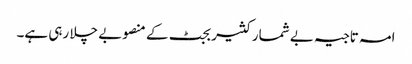
امہ تاجیہ بے شمار کثیر بجٹ کے منصوبے چلا رہی ہے۔